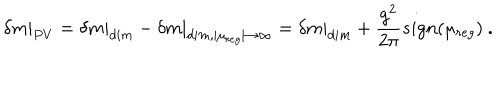
LaTeX: \left. \delta m \right\vert _ { P V } = \left. \delta m \right\vert _ { d i m } - \left. \delta m \right\vert _ { d i m , \mid \mu _ { r e g } \mid \to \infty } = \left. \delta m \right\vert _ { d i m } + \frac { g ^ { 2 } } { 2 \pi } s i g n ( \mu _ { r e g } ) \ .